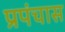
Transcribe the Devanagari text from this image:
प्रपंचास